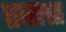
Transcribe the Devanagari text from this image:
सच्छास्त्र